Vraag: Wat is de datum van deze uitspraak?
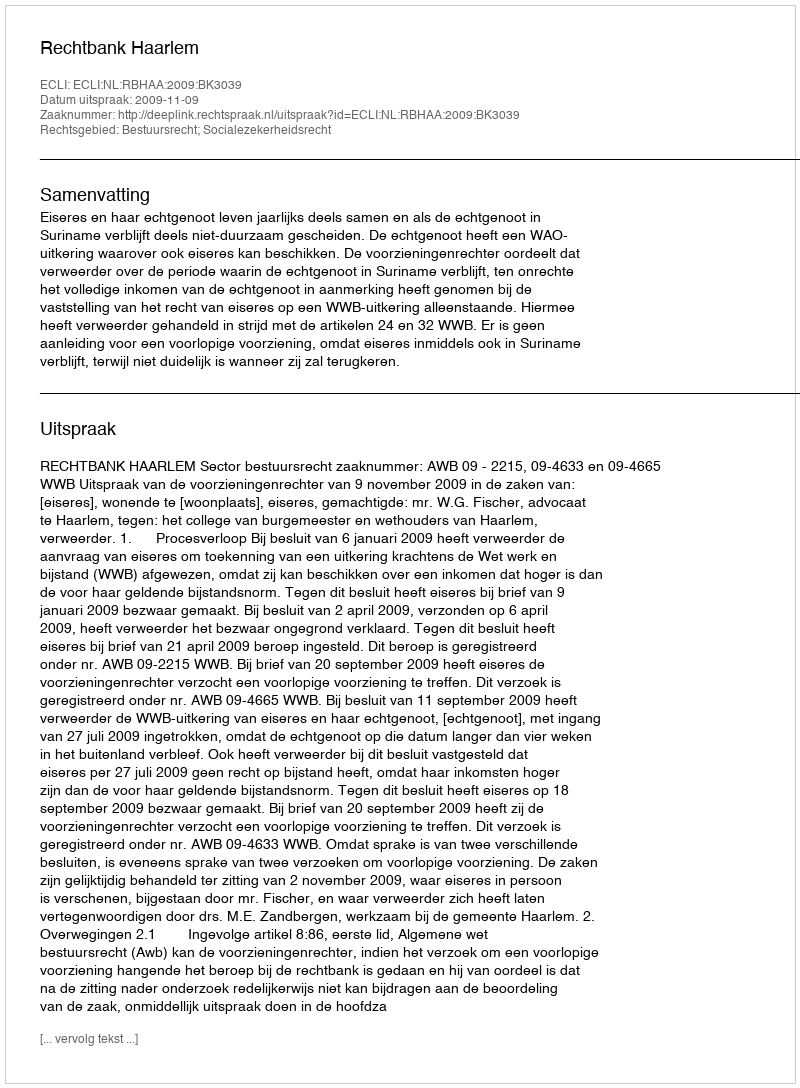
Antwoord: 2009-11-09